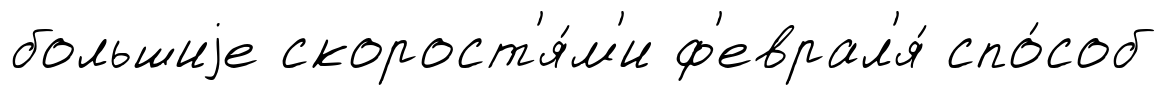
большиjе скорост'я́м'и ф'еврал'я́ спо́соб